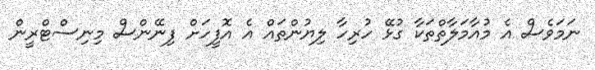
ނަމަވެސް އެ މުއާމަލާތްތަކާ ގުޅޭ ހުރިހާ ލިޔުންތައް އެ އޮފީހަށް ފިނޭންސް މިނިސްޓްރީން